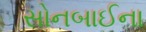
સોનબાઈના